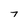
Character: 7